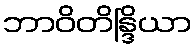
ဘာဝိတိန္ဒြိယာ